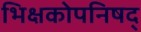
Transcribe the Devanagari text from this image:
भिक्षकोपनिषद्